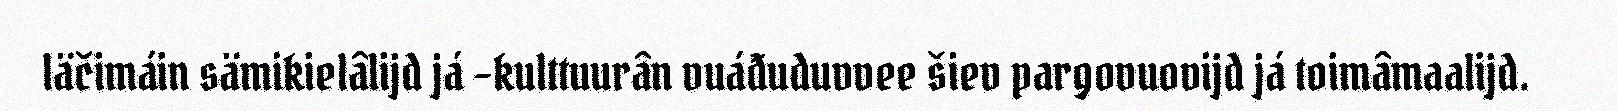
läčimáin sämikielâlijd já –kulttuurân vuáđuduvvee šiev pargovuovijd já toimâmaalijd.